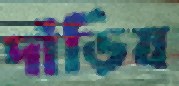
দাঁড়িয